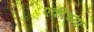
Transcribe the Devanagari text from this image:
एकीच्या